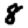
Digit: 8